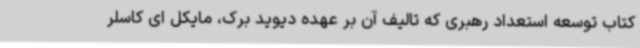
کتاب توسعه استعداد رهبری که تالیف آن بر عهده دیوید برک، مایکل ای کاسلر